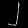
Digit: ၂